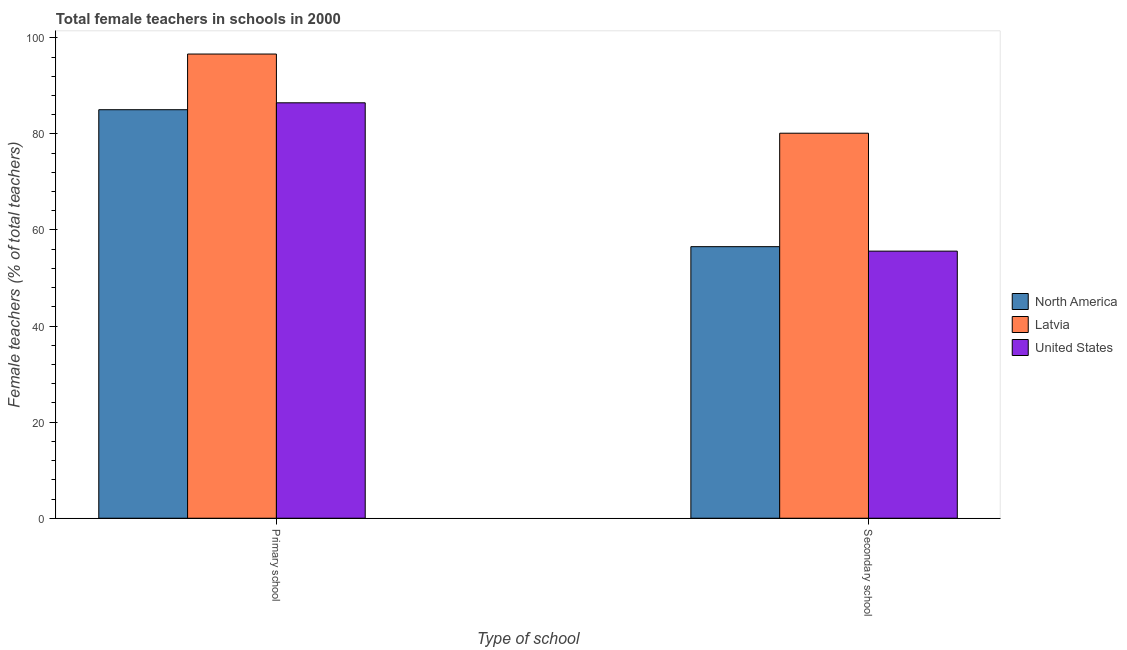
| Type of school | North America | Latvia | United States |
 | --- | --- | --- | --- |
 | Primary school | 85 | 96.6 | 86.5 |
 | Secondary school | 56.5 | 80.1 | 55.6 |